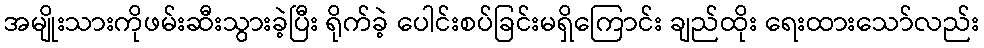
အမျိုးသားကိုဖမ်းဆီးသွားခဲ့ပြီး ရိုက်ခဲ့ ပေါင်းစပ်ခြင်းမရှိကြောင်း ချည်ထိုး ရေးထားသော်လည်း